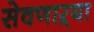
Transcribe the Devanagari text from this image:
सेवणाऱ्या